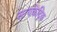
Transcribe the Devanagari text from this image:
सायकेट्रिक